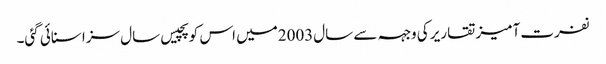
نفرت آمیز تقاریر کی وجہہ سے سال2003میں اس کو پچیس سال سزا سنائی گئی۔